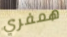
همفري